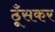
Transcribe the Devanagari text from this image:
ठूँसकर